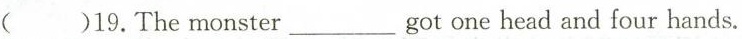
()19.The monster ___ got one head and four hands.